Indian journal of veterinary science and animal husbandry - Volume 13,
Year: 1943
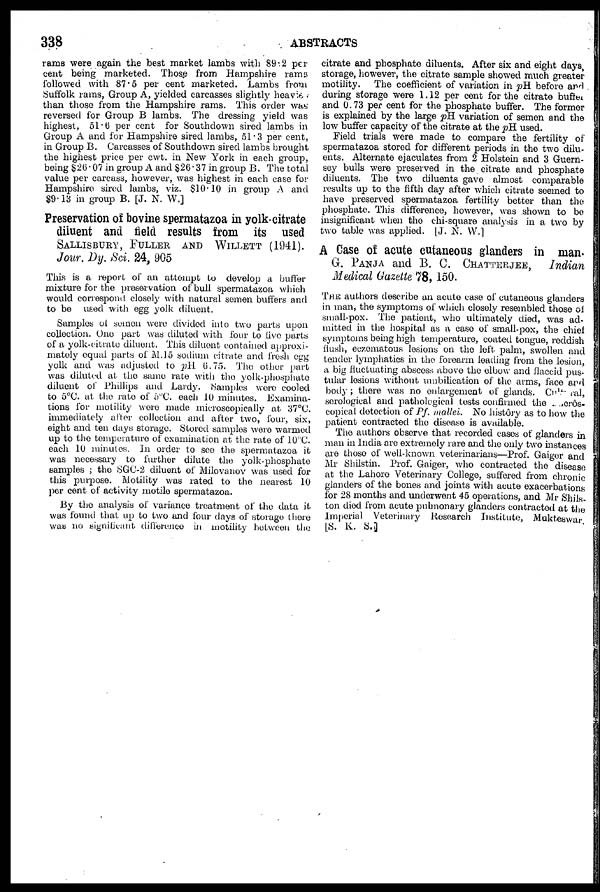
338
ABSTRACTS
rams were again the best market lambs with 89.2 per
cent being marketed. Those from Hampshire rams
followed with 87.5 per cent marketed. Lambs from
Suffolk rams, Group A, yielded carcasses slightly heavier
than those from the Hampshire rams. This order was
reversed for Group B lambs. The dressing yield was
highest, 51.6 per cent for Southdown sired lambs in
Group A and for Hampshire sired lambs, 51.3 per cent,
in Group B. Carcasses of Southdown sired lambs brought
the highest price per cwt. in New York in each group,
being $26.07 in group A and $26.37 in group B. The total
value per carcass, however, was highest in each case for
Hampshire sired lambs, viz. $10.10 in group A and
$9.13 in group B. [J. N. W.]
Preservation of bovine spermatazoa in yolk-citrate
diluent and field results from its used
SALLISBURY, FULLER AND WILLETT (1941).
Jour. Dy. Sci. 24, 905
This is a report of an attempt to develop a buffer
mixture for the preservation of bull spermatazoa which
would correspond closely with natural semen buffers and
to be used with egg yolk diluent.
Samples of semen were divided into two parts upon
collection. One part was diluted with four to five parts
of a yolk-eitrate diluent. This diluent contained approxi-
mately equal parts of M.15 sodium citrate and fresh egg
yolk and was adjusted to pH 6.75. The other part
was diluted at the same rate with the yolk-phosphate
diluent of Phillips and Lardy. Samples were cooled
to 5ºC. at the rate of 5ºC. each 10 minutes. Examina-
tions for motility were made microscopically at 37ºC.
immediately after collection and after two, four, six,
eight and ten clays storage. Stored samples were warmed
up to the temperature of examination at the rate of 10ºC.
each 10 minutes. In order to see the spermatazoa it
was necessary to further dilute the yolk-phosphate
samples; the SGC-2 diluent of Milovanov was used for
this purpose. Motility was rated to the nearest 10
per cent of activity motile spermatazoa.
By the analysis of variance treatment of the data it
was found that up to two and four days of storage there
was no significant difference in motility between the
citrate and phosphate diluents. After six and eight days,
storage, however, the citrate sample showed much greater
motility.
The coefficient of variation in pH before and
during storage were 1.12 per cent for the citrate buffer
and 0.73 per cent for the phosphate buffer. The former
is explained by the large pH variation of semen and the
low buffer capacity of the citrate at the pH used.
Field trials were made to compare the fertility of
spermatazoa stored for different periods in the two dilu-
ents. Alternate ejaculates from 2 Holstein and 3 Guern-
sey bulls were preserved in the citrate and phosphate
diluents. The two diluents gave almost comparable
results up to the fifth day after which citrate seemed to
have preserved spermatazoa fertility better than the
phosphate. This difference, however, was shown to be
insignificant when the chi-square analysis in a two by
two table was applied. [J. N. W.]
A Case of acute cutaneous glanders in man.
G. PANJA and B. C. CHATTERJEE, Indian
Medical Gazette 78, 150.
THE authors describe an acute case of cutaneous glanders
in man, the symptoms of which closely resembled those of
small-pox. The patient, who ultimately died, was ad-
mitted in the hospital as a case of small-pox, the chief
symptoms being high temperature, coated tongue, reddish
flush, eczematous lesions on the left palm, swollen and
tender lymphatics in the forearm leading from the lesion,
a big fluctuating abscess above the elbow and flaccid pus-
tular lesions without umbilication of the arms, face and
body; there was no enlargement of glands. Cultural,
serological and pathological tests confirmed the micrôs-
copical detection of Pf. mallei. No histôry as to how the
patient contracted the disease is available.
The authors observe that recorded cases of glanders in
man in India are extremely rare and the only two instances
are those of well-known veterinarians—Prof. Gaiger and
Mr Shilstin. Prof. Gaiger, who contracted the disease
at the Lahore Veterinary College, suffered from chronic
glanders of the bones and joints with acute exacerbations
for 28 months and underwent 45 operations, and Mr Shils-
ton died from acute pulmonary glanders contracted at the
Imperial Veterinary Research Institute, Mukteswar.
[S. K. S.]